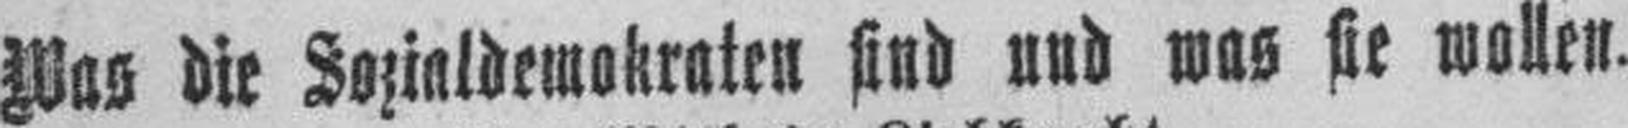
Was die Sozialsdemokraten sind und was sie wollen.